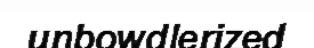
unbowdlerized